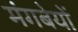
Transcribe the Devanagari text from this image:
मंगबेयों